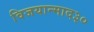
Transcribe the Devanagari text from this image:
विजयान्माद३०